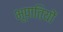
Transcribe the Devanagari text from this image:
भूपातियों